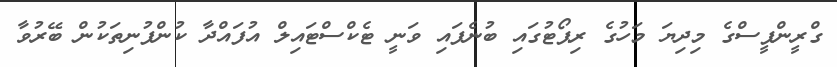
ގްރީންޕީސްގެ މިދިޔަ މަހުގެ ރިޕޯޓުގައި ބުނެފައި ވަނީ ޓެކްސްޓައިލް އުފައްދާ ކުންފުނިތަކުން ބޭރުވާ